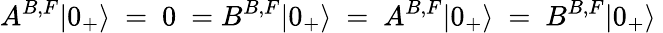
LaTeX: A^{B,F}|0_{+}\rangle~=~0~=B^{B,F}|0_{+}\rangle~=~A^{B,F}|0_{+}\rangle~=~B^{B,F}|0_{+}\rangle~